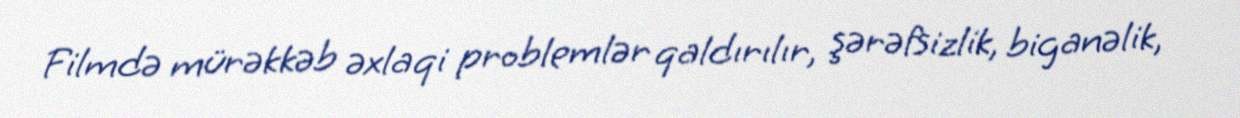
Filmdə mürəkkəb əxlaqi problemlər qaldırılır, şərəfsizlik, biganəlik,